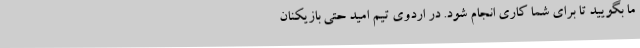
ما بگویید تا برای شما کاری انجام شود. در اردوی تیم امید حتی بازیکنان